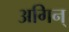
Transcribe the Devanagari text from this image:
अगिन्